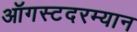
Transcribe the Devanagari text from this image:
ऑगस्टदरम्यान